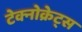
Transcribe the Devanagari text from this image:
टेक्नोक्रेट्स